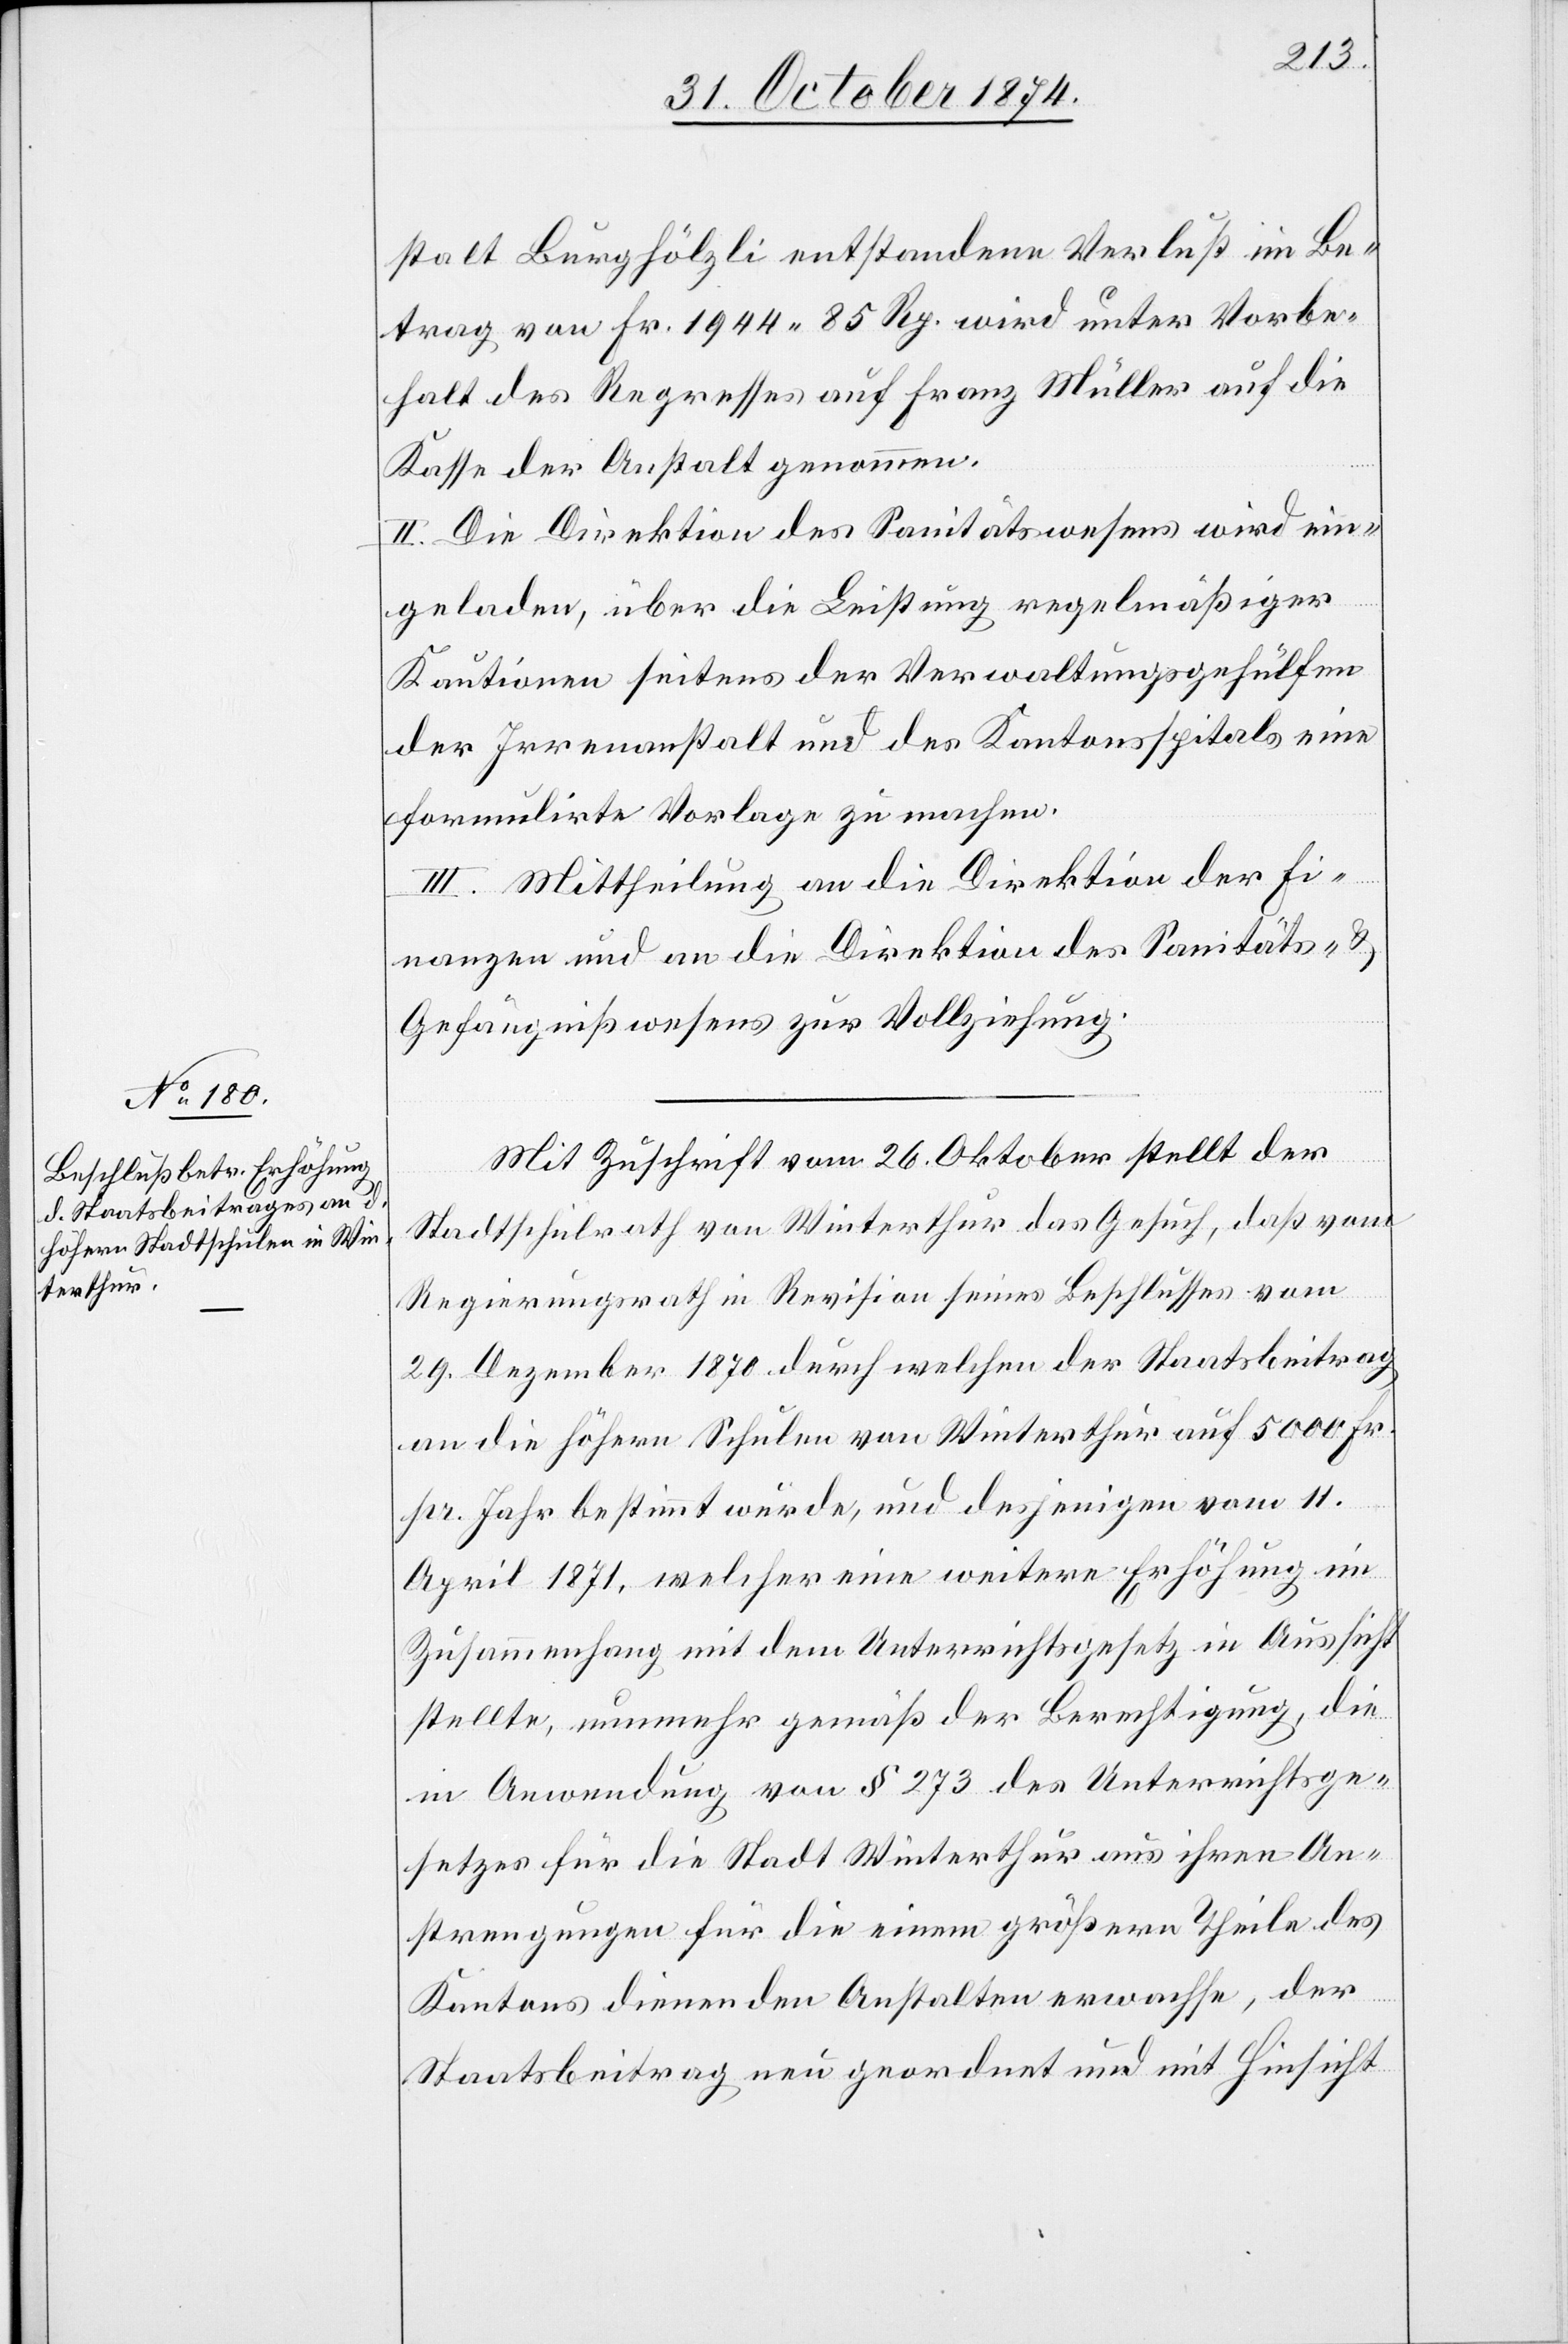
stalt Burghölzli entstandene Verlust im Be¬
trag von Fr. 1944. 85 Rp. wird unter Vorbe¬
halt des Regresses auf Franz Müller auf die
Kasse der Anstalt genommen.
II. Die Direktion des Sanitätswesens wird ein¬
geladen, über die Leistung regelmäßiger
Kautionen seitens der Verwaltungsgehülfen
der Irrenanstalt und des Kantonsspitals eine
formulirte Vorlage zu machen.
III. Mittheilung an die Direktion der Fi¬
nanzen und an die Direktion des Sanitäts- &
Gefängnißwesens zur Vollziehung.
Mit Zuschrift vom 26. Oktober stellt der
Stadtschulrath von Winterthur das Gesuch, daß vom
Regierungsrath in Revision seines Beschlusses vom
20. Dezember 1870 durch welchen der Staatsbeitrag
an die höhern Schulen von Winterthur auf 5000 Fr.
pr. Jahr bestimmt wurde, und desjenigen vom 11.
April 1871, welcher eine weitere Erhöhung im
Zusammenhang mit dem Unterrichtsgesetz in Aussicht
stellte, nunmehr gemäß der Berechtigung, die
in Anwendung von § 273 des Unterrichtsge¬
setzes für die Stadt Winterthur aus ihren An¬
strengungen für die einem größern Theile des
Kantons dienenden Anstalten erwachse, der
Staatsbeitrag neu geordnet und mit Hinsicht